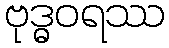
ဗုဒ္ဓဝရဿ